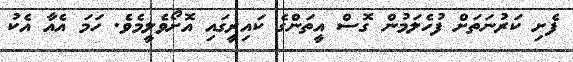
ފެށި ކަރުނަތަށް ފުހެލަމުން ގޮސް އީތަންގެ ކައިރީގައި އޮށޯވެލީމެވެ. ހަމަ އެއާ އެކު